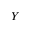
Y